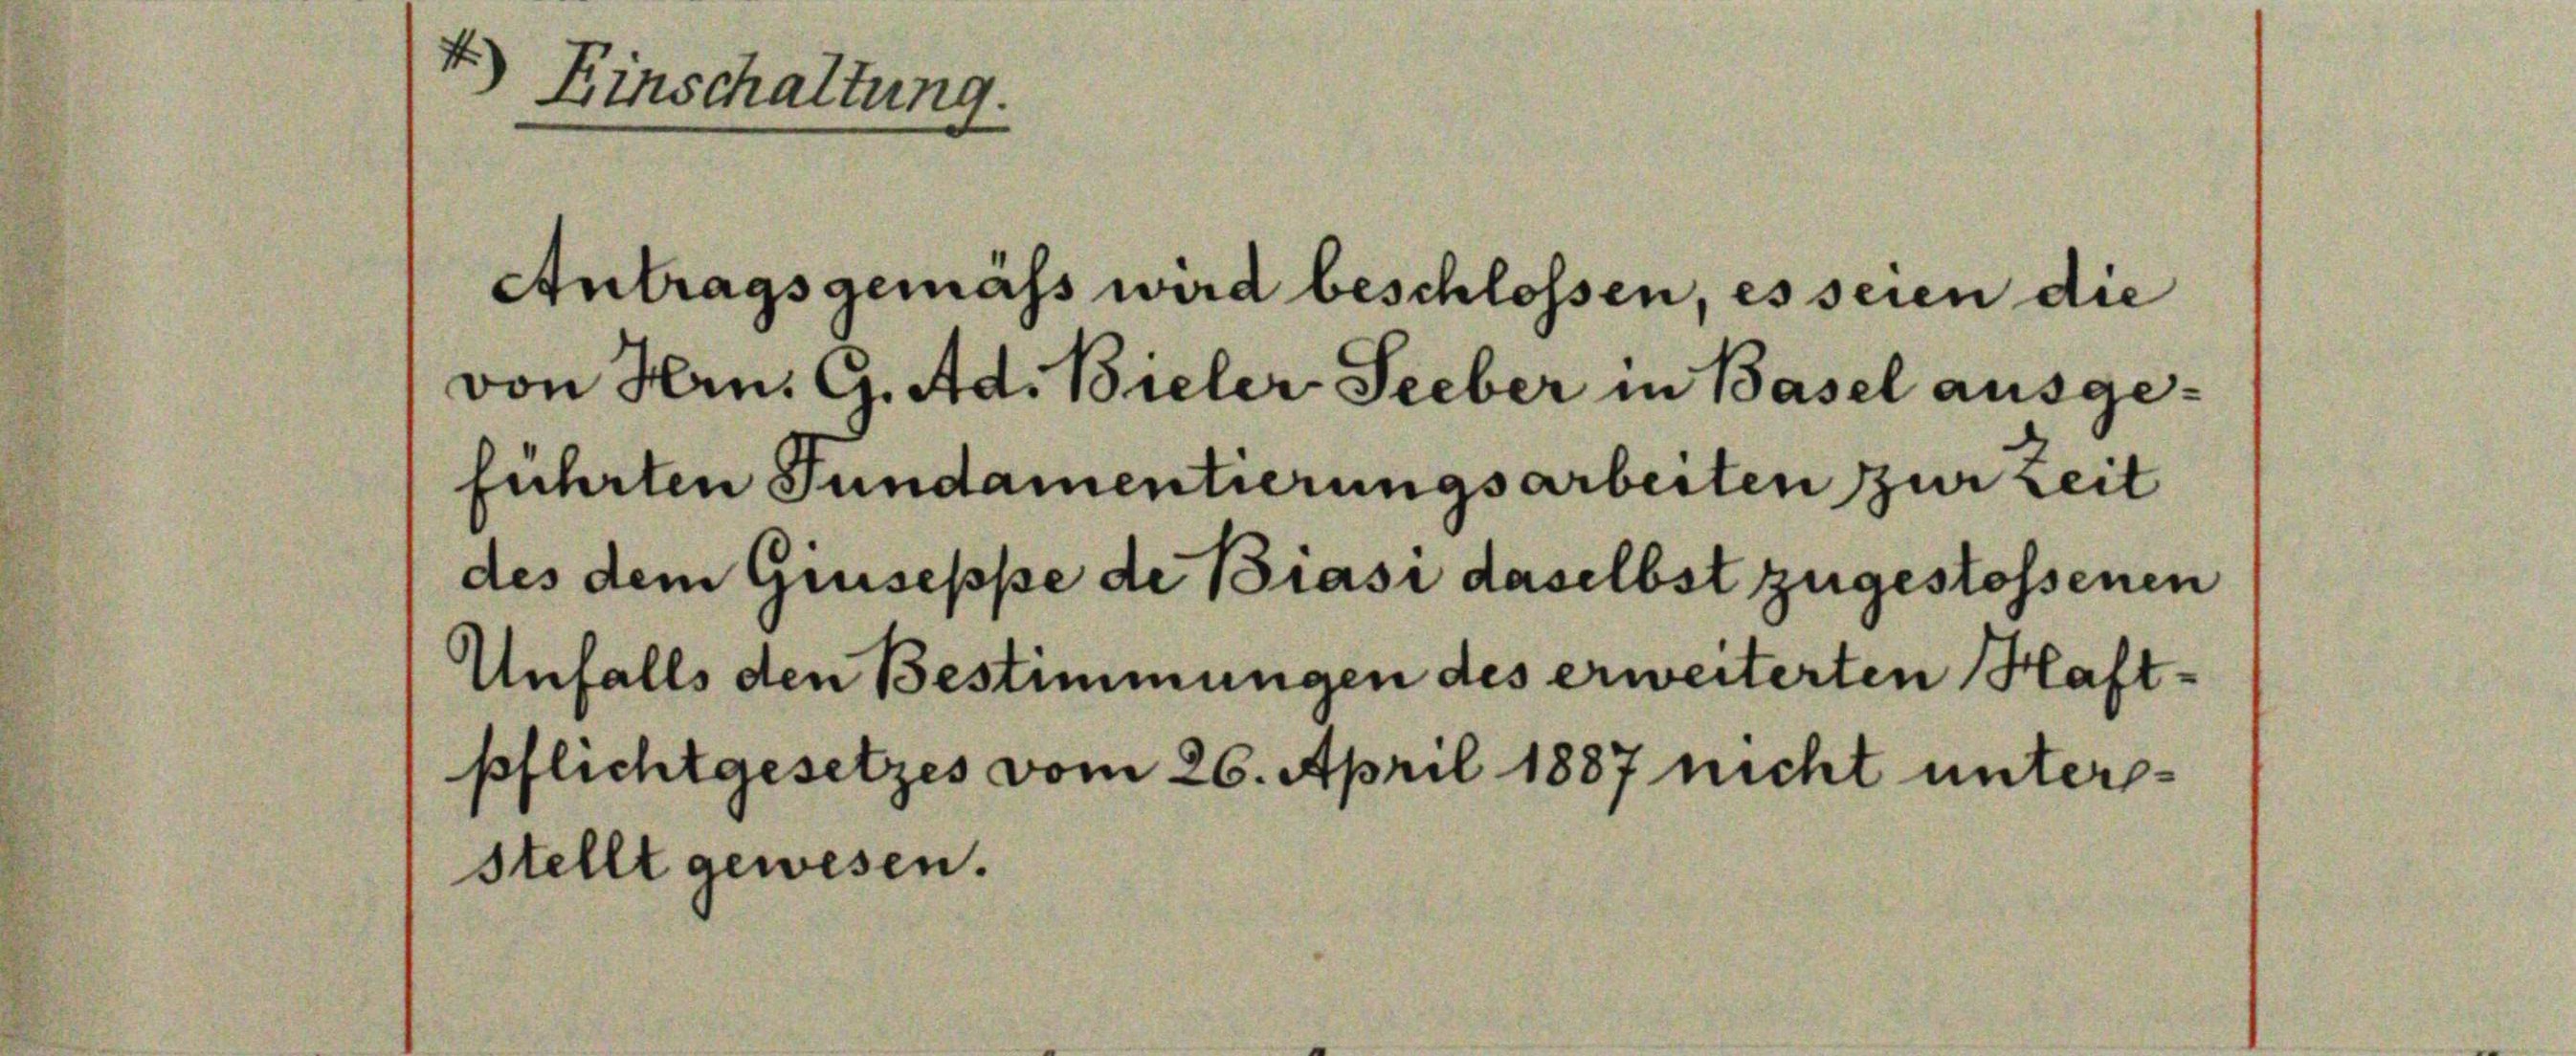
4.) Einschaltung.

des dem Giuseppe de Biasi daselbst zugestossenen
Unfalls den Bestimmungen des erweiterten Haft-

Antragsgemäss wird beschlossen, es seien die

von Hrn. G. Ad. Bieler Seeber in Basel ausge-
führten Fundamentierungsarbeiten zur Zeit

pflichtgesetzes vom 26. April 1887 nicht untersstellt gewesen.